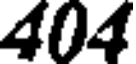
404